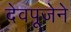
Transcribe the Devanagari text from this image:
देवपूजेने